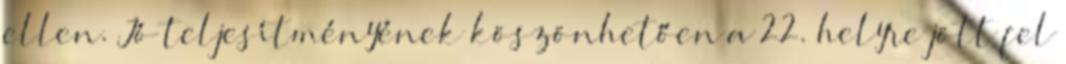
ellen. Jó teljesítményének köszönhetően a 22. helyre jött fel